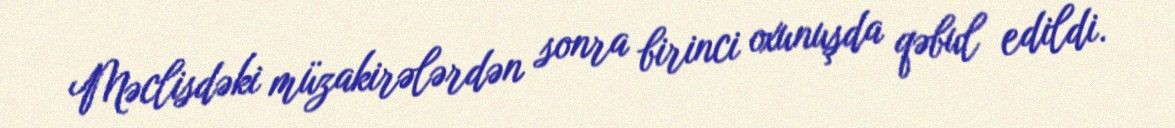
Məclisdəki müzakirələrdən sonra birinci oxunuşda qəbul edildi.